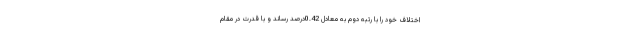
اختلاف خود را با رتبه دوم به معادل 0.42درصد رساند و با قدرت در مقام